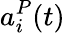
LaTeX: a_{i}^{P}(t)